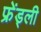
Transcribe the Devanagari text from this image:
फ्रेंड्ली